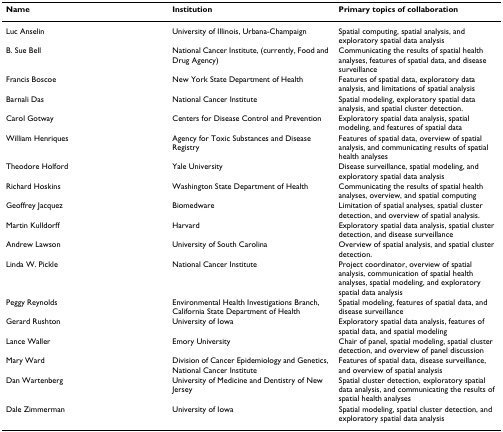
<table><thead><tr><td><b>Name</b></td><td><b>Institution</b></td><td><b>Primary topics of collaboration</b></td></tr></thead><tbody><tr><td>Luc Anselin</td><td>University of Illinois, Urbana-Champaign</td><td>Spatial computing, spatial analysis, and exploratory spatial data analysis</td></tr><tr><td>B. Sue Bell</td><td>National Cancer Institute, (currently, Food and Drug Agency)</td><td>Communicating the results of spatial health analyses, features of spatial data, and disease surveillance</td></tr><tr><td>Francis Boscoe</td><td>New York State Department of Health</td><td>Features of spatial data, exploratory data analysis, and limitations of spatial analysis</td></tr><tr><td>Barnali Das</td><td>National Cancer Institute</td><td>Spatial modeling, exploratory spatial data analysis, and spatial cluster detection.</td></tr><tr><td>Carol Gotway</td><td>Centers for Disease Control and Prevention</td><td>Exploratory spatial data analysis, spatial modeling, and features of spatial data</td></tr><tr><td>William Henriques</td><td>Agency for Toxic Substances and Disease Registry</td><td>Features of spatial data, overview of spatial analysis, and communicating results of spatial health analyses</td></tr><tr><td>Theodore Holford</td><td>Yale University</td><td>Disease surveillance, spatial modeling, and exploratory spatial data analysis</td></tr><tr><td>Richard Hoskins</td><td>Washington State Department of Health</td><td>Communicating the results of spatial health analyses, overview, and spatial computing</td></tr><tr><td>Geoffrey Jacquez</td><td>Biomedware</td><td>Limitation of spatial analyses, spatial cluster detection, and overview of spatial analysis.</td></tr><tr><td>Martin Kulldorff</td><td>Harvard</td><td>Exploratory spatial data analysis, spatial cluster detection, and disease surveillance</td></tr><tr><td>Andrew Lawson</td><td>University of South Carolina</td><td>Overview of spatial analysis, and spatial cluster detection.</td></tr><tr><td>Linda W. Pickle</td><td>National Cancer Institute</td><td>Project coordinator, overview of spatial analysis, communication of spatial health analyses, spatial modeling, and exploratory spatial data analysis</td></tr><tr><td>Peggy Reynolds</td><td>Environmental Health Investigations Branch, California State Department of Health</td><td>Spatial modeling, features of spatial data, and disease surveillance</td></tr><tr><td>Gerard Rushton</td><td>University of Iowa</td><td>Exploratory spatial data analysis, features of spatial data, and spatial modeling</td></tr><tr><td>Lance Waller</td><td>Emory University</td><td>Chair of panel, spatial modeling, spatial cluster detection, and overview of panel discussion</td></tr><tr><td>Mary Ward</td><td>Division of Cancer Epidemiology and Genetics, National Cancer Institute</td><td>Features of spatial data, disease surveillance, and overview of spatial analysis</td></tr><tr><td>Dan Wartenberg</td><td>University of Medicine and Dentistry of New Jersey</td><td>Spatial cluster detection, exploratory spatial data analysis, and communicating the results of spatial health analyses</td></tr><tr><td>Dale Zimmerman</td><td>University of Iowa</td><td>Spatial modeling, spatial cluster detection, and exploratory spatial data analysis</td></tr></tbody></table>